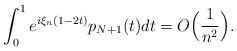
\begin{align*}\int_0^1 e^{i\xi_n(1-2t)}p_{N+1}(t)dt =O\Big(\frac{1}{n^2}\Big).\end{align*}